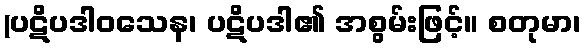
(ပဋိပဒါဝသေန၊ ပဋိပဒါ၏ အစွမ်းဖြင့်။ စတုမာ၊